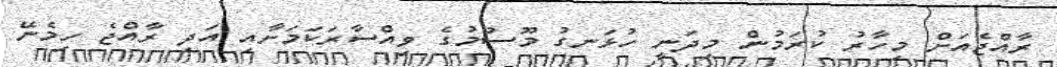
ރާއްޖެއަށް މިހާރު ކުރަމުން މިދަނީ ހުޅަނގު މޫސުމުގެ ވިއްސާރަކަމަށާއި އަދި ރާއްޖެ ހިމެނޭ